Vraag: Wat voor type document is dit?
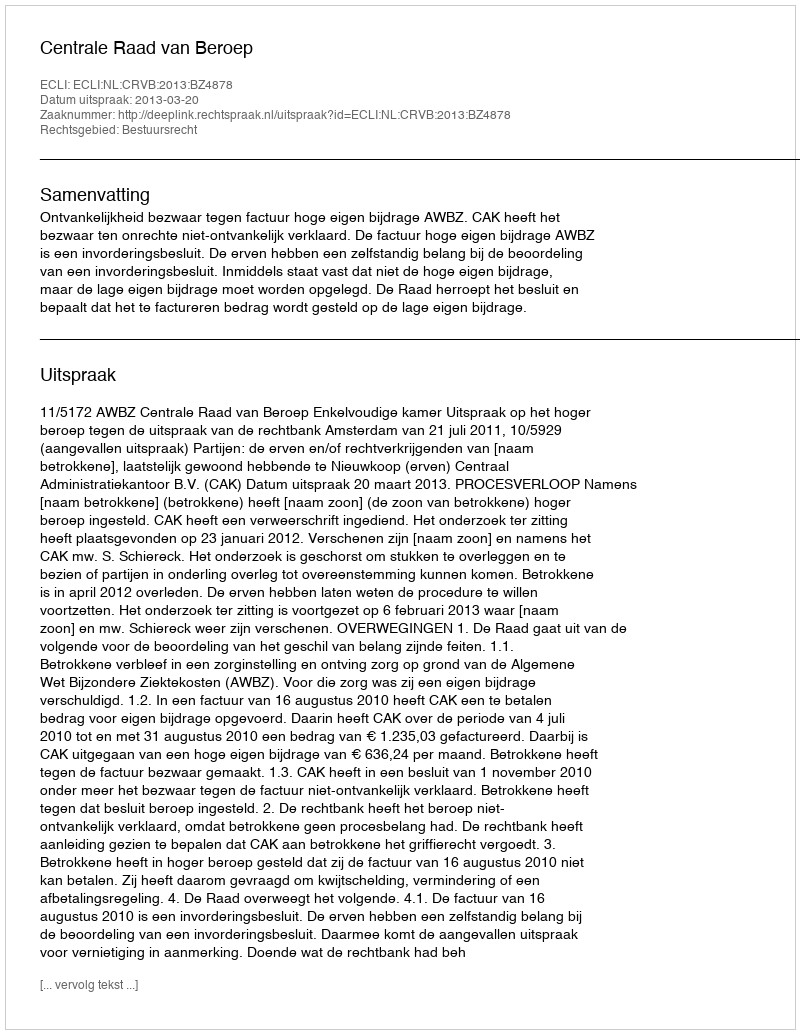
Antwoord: Uitspraak